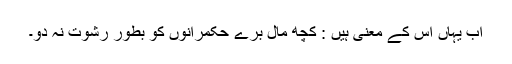
اب یہاں اس کے معنی ہیں : کچھ مال برے حکمرانوں کو بطور رشوت نہ دو۔